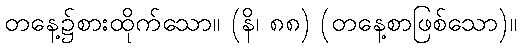
တနေ့၌စားထိုက်သော။ (နိ၊ ၈၈) (တနေ့စာဖြစ်သော)။